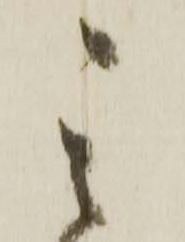
其